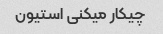
چیکار میکنی استیون